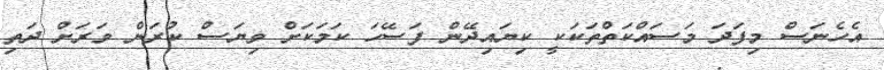
އެހެނަސް މިފަދަ މަސައްކަތްތަކަކީ ކިޔައިދޭން ފަސޭހަ ކަމަކަށް ވިޔަސް ކުރަން ވަރަށް ދަތި